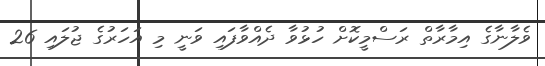
ވެލާނާގެ އިމާރާތް ރަސްމީކޮށް ހުޅުވާ ދެއްވާފައި ވަނީ މި އަހަރުގެ ޖުލައި 26